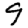
Digit: 9